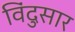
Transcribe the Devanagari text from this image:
विंदुसार